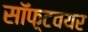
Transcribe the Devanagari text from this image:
सॉफ़्टवयर